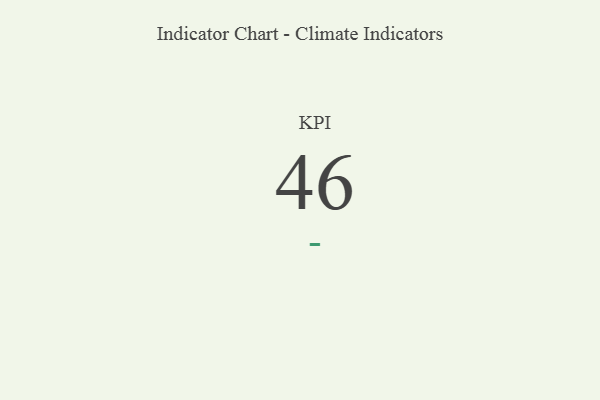
{"axis": {"x": "KPI", "y": "Value"}, "legend": [""], "data": [{"x": "KPI", "y": 46, "type": ""}]}